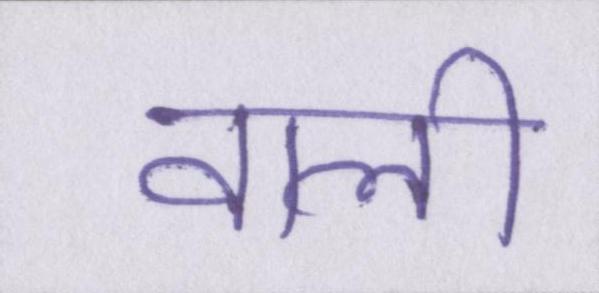
वाली